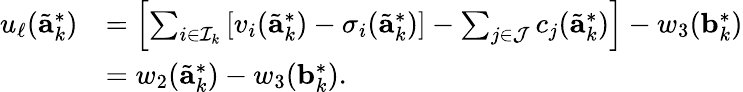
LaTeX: \begin{array}{rl}{u_{\ell}(\tilde{\mathbf{a}}_{k}^{*})}&{=\left[\sum_{i\in\mathcal{I}_{k}}\left[v_{i}(\tilde{\mathbf{a}}_{k}^{*})-\sigma_{i}(\tilde{\mathbf{a}}_{k}^{*})\right]-\sum_{j\in\mathcal{J}}c_{j}(\tilde{\mathbf{a}}_{k}^{*})\right]-w_{3}(\mathbf{b}_{k}^{*})}\\ &{=w_{2}(\tilde{\mathbf{a}}_{k}^{*})-w_{3}(\mathbf{b}_{k}^{*}).}\end{array}